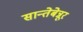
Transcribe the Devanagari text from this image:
सान्तेबेन्नूर